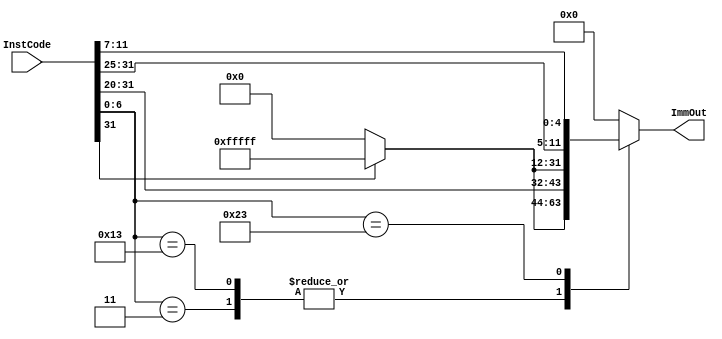
`timescale 1ns / 1ps

module Imm_Gen(
    InstCode,
    ImmOut
    );
    
    input      [31:0] InstCode;
    output reg [31:0] ImmOut;
    
    always @(InstCode)
        begin
        case (InstCode[6:0])
            7'b0000011: /*I-type load*/
                ImmOut = {InstCode[31] ? {20{1'b1}} : 20'b0, InstCode[31:20]};
            7'b0010011: /*I-type addi*/
                ImmOut = {InstCode[31] ? {20{1'b1}} : 20'b0, InstCode[31:20]};
            7'b0100011: /*S-type store*/
                ImmOut = {InstCode[31] ? {20{1'b1}} : 20'b0, InstCode[31:25], InstCode[11:7]};
            default:
                ImmOut = {32'b0};
        endcase
        end
endmodule